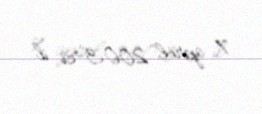
7 aprel 2003-ci il